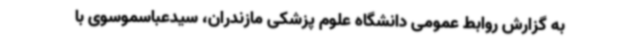
به گزارش روابط عمومی دانشگاه علوم پزشکی مازندران، سیدعباسموسوی با